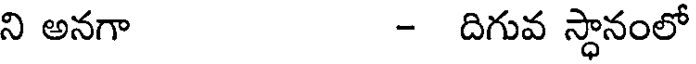
ని అనగా - దిగువ స్ధానంలో